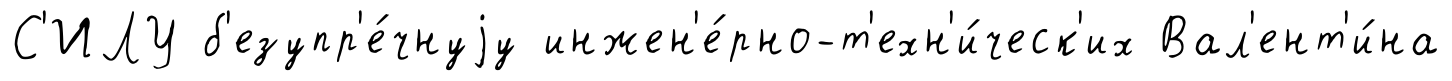
С'ИЛУ б'езупр'е́чнуjу инжен'е́рно-т'ехн'и́ческ'их Вал'ент'и́на